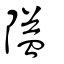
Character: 隘